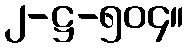
၂-ဋ္ဌ-၅၀၄။